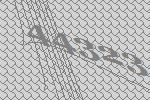
44323